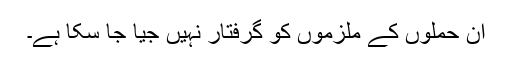
ان حملوں کے ملزموں کو گرفتار نہیں جیا جا سکا ہے۔